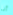
أنا